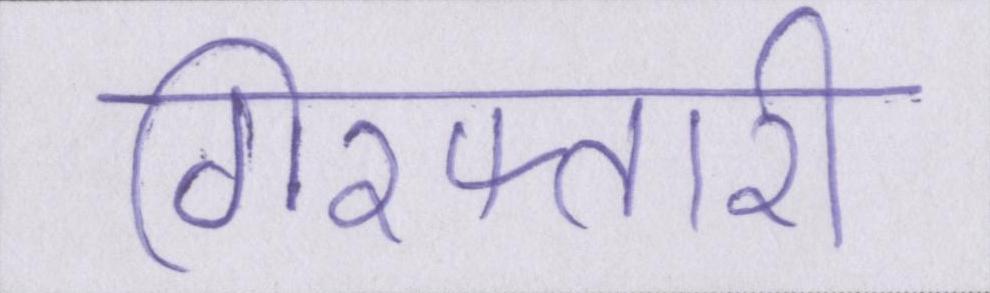
गिरफ्तारी